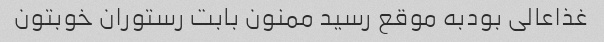
غذاعالی بودبه موقع رسید ممنون بابت رستوران خوبتون